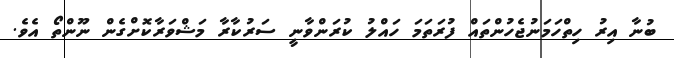
ބުނާ އިރު ހިތްހަމަނުޖެހުންތައް ފުރަތަމަ ހައްލު ކުރަންވާނީ ސަރުކާރާ މަޝްވަރާކޮށްގެން ނޫންތޯ އެވެ.